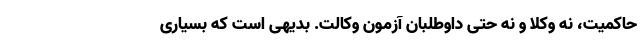
حاکمیت، نه وکلا و نه حتی داوطلبان آزمون وکالت. بدیهی است که بسیاری